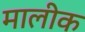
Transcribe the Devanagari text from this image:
मालीक